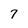
Character: 7